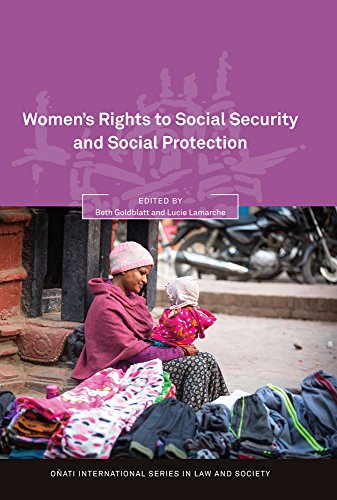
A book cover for Women's Rights to Social Security and Social Protection (Onati International Series in Law and Society); Law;